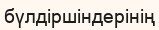
бүлдіршіндерінің